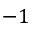
- 1